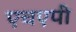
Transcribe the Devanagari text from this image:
एचएपी